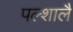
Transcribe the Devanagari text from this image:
पल्शालै